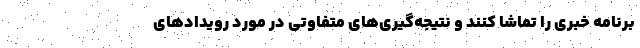
برنامه خبری را تماشا کنند و نتیجه‌گیری‌های متفاوتی در مورد رویدادهای